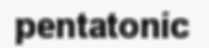
pentatonic